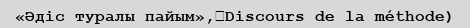
«Әдіс туралы пайым»,（Discours de la méthode)